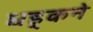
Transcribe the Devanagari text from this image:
धड़्कने